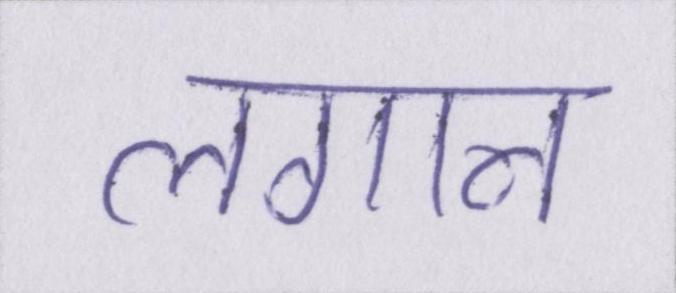
लगान